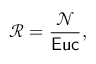
{ \mathcal R } = { \frac { \mathcal N } { \sf E u c } } ,